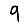
Digit: 9